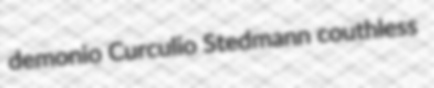
demonio Curculio Stedmann couthless